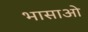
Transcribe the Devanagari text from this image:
भासाओ